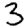
Digit: 3